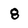
Character: 8